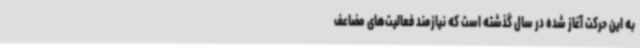
به این حرکت آغاز شده در سال گذشته است که نیازمند فعالیت‌های مضاعف